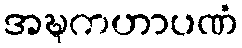
အဍ္ဎကဟာပဏံ